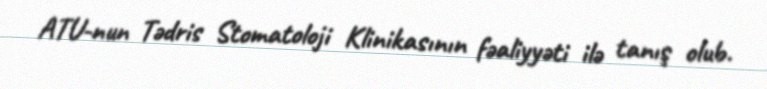
ATU-nun Tədris Stomatoloji Klinikasının fəaliyyəti ilə tanış olub.